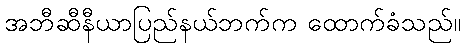
အဘီဆီနီယာပြည်နယ်ဘက်က ထောက်ခံသည်။